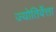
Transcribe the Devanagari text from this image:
ज्योतिर्वेत्ता